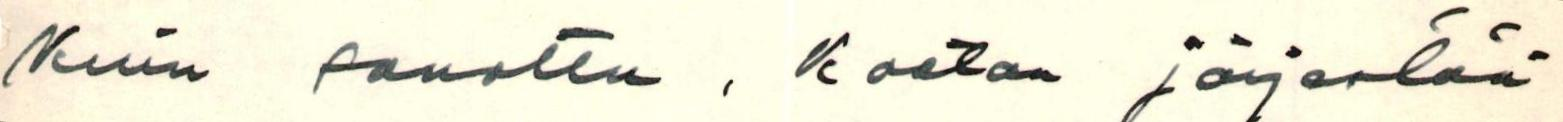
kuin sanottu , koetan järjestää